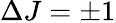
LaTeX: \Delta J=\pm 1